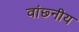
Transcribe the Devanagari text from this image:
वांछ्नीय